Madras plague regulations in force outside the Presidency town - Volume 7
Disease focus: Plague
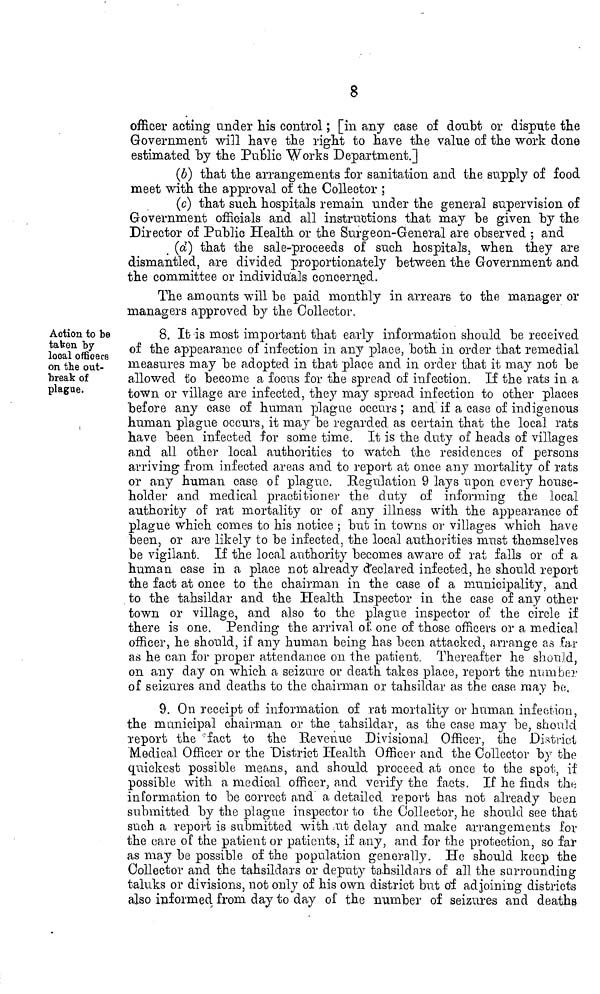
8
officer acting under his control ; [in any case of doubt or dispute the
Government will have the right to have the value of the work done
estimated "by the Public Works Department.]
(6) that the arrangements for sanitation and the supply of food
meet with the approval of the Collector ;
(c) that such hospitals remain under the general supervision of
Government officials and all instructions that may be given by the
Director of Public Health or the Surgeon-General are observed ; and
(d) that the sale-proceeds of such hospitals, when they are
dismantled, are divided proportionately between the Government and
the committee or individuals concerned.
The amounts will be paid monthly in arrears to the manager or
managers approved by the Collector.
Action to be
taken by
local officers
on the out-
break of
plague.
8. It is most important that early information should be received
of the appearance of infection in any place, both in order that remedial
measures may be adopted in that place and in order that it may not be
allowed to become a focas for the spread of infection. If the rats in a
town or village are infected, they may spread infection to other places
before any case of human plague occurs; and if a case of indigenous
human plague occurs, it may be regarded as certain that the loca] rats
have been infected for some time. It is the duty of heads of villages
and all other local authorities to watch the residences of persons
arriving from infected areas and to report at once any mortality of rats
or any human case of plague. [Regulation 9 lays upon every house-
holder and medical practitioner the duty of informing the local
authority of rat mortality or of any illness with the appearance of
plague which comes to his notice ; but in towns or villages which have
been, or are likely to be infected, the local authorities must themselves
be vigilant. If the local authority becomes aware of rat falls or of a
human case in a place not already declared infected, he should report
the fact at once to the chairman in the case of a municipality, and
to the tahsildar and the Health Inspector in the case of any other
town or village, and also to the plague inspector of the circle if
there is one. Pending the arrival of one of those officers or a medical
officer, he should, if any human being has been attacked, arrange as far
as he can for proper attendance on the patient. Thereafter he should,
on any day on which a seizure or death takes place, report the number
of seizures and deaths to the chairman or tahsildar as the case may be,
9. On receipt of information of rat mortality or human infection,
the municipal chairman or the tahsildar, as the case may be, should
report the "fact to the Revenue Divisional Officer, the District
Medical Officer or the District Health Officer and the Collector by the
quickest possible means, and should proceed at once to the spot, if
possible with a medical officer, and verify the facts. If he finds the
information to be correct and a detailed report has not already been
submitted by the plague inspector to the Collector, he should see that
such a report is submitted with at delay and make arrangements for
the care of the patient or patients, if any, and for the protection, so far
as may be possible of the population generally. He should keep the
Collector and the tahsildars or deputy tahsildars of all the surrounding
taluks or divisions, not only of his own district but of adjoining districts
also informed from day to day of the number of seizures and deaths